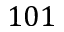
1 0 1